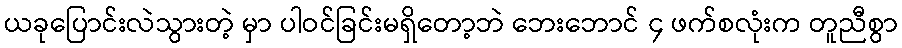
ယခုပြောင်းလဲသွားတဲ့ မှာ ပါဝင်ခြင်းမရှိတော့ဘဲ ဘေးဘောင် ၄ ဖက်စလုံးက တူညီစွာ